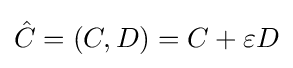
{\hat {C}}=(C,D)=C+\varepsilon D